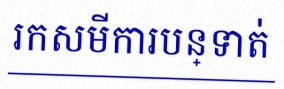
រកសមីការបន្ទាត់